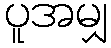
ပူအမျှ